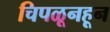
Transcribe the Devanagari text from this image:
चिपळूनहून